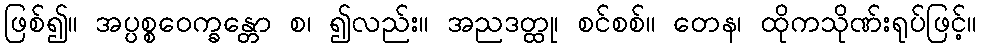
ဖြစ်၍။ အပ္ပစ္စဝေက္ခန္တော စ၊ ၍လည်း။ အညဒတ္ထု၊ စင်စစ်။ တေန၊ ထိုကသိုဏ်းရုပ်ဖြင့်။